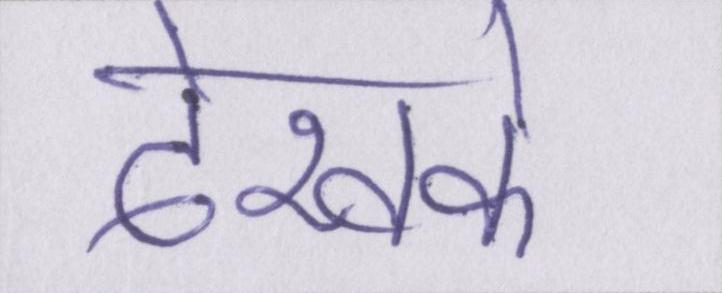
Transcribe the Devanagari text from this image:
देखके